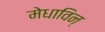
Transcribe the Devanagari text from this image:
मेधाविन्